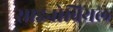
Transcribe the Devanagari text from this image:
साइनोवियल